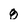
Character: 8